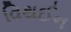
વિથઈન